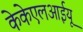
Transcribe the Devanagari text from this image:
केकेएलआईयू